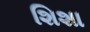
શિશા